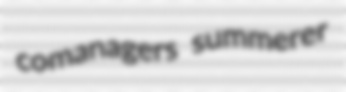
comanagers summerer